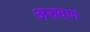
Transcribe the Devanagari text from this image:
अरुवण